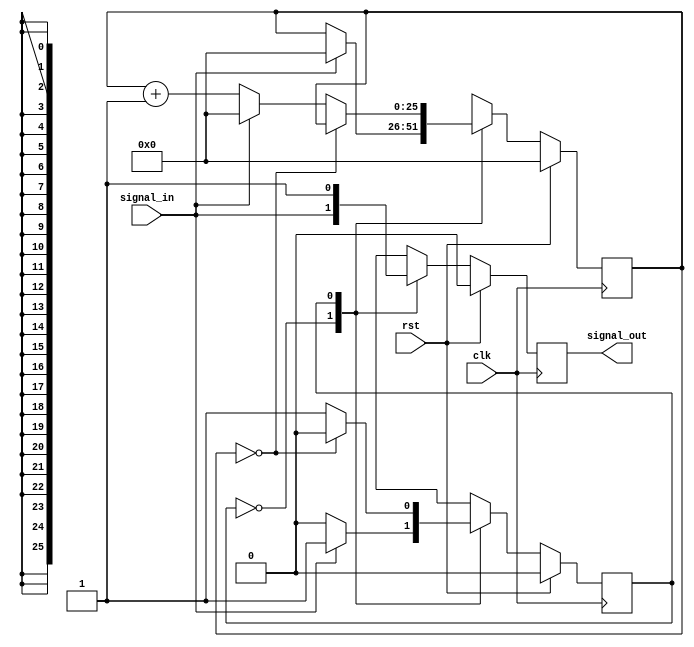
`timescale 1ns / 1ps
//////////////////////////////////////////////////////////////////////////////////
// Company: 
// Engineer: 
// 
// Design Name: 
// Module Name: holder
// Project Name: 
// Target Devices: 
// Tool Versions: 
// Description: 
// 
// Dependencies: 
// 
// Revision:
// Revision 0.01 - File Created
// Additional Comments:
// 
//////////////////////////////////////////////////////////////////////////////////


module holder
#(parameter HOLD_TIME = 1)
(
    input wire clk,
    input wire rst,
    input wire signal_in,
    output reg signal_out
    );
    
    localparam IDLE = 1'b0, HOLD = 1'b1;
    
    reg signal_out_nxt;
    reg [25:0] counter, counter_nxt;
    reg state, state_nxt;
    
    initial
    begin
        state <= IDLE;
    end
    
    always @(posedge clk)
    begin                             
        if(rst)                       
        begin
            signal_out <= 0;
            counter <= 0;
            state <= IDLE;
        end
        else
        begin
            signal_out <= signal_out_nxt;
            counter <= counter_nxt;
            state <= state_nxt;
        end                           
    end
    
    always @*
    begin
        counter_nxt = counter;
        case(state) 
            IDLE:
            begin
                signal_out_nxt = signal_in;
                if(signal_in)
                begin
                    counter_nxt = 0;
                    state_nxt = HOLD;
                end
                else
                begin
                    state_nxt = IDLE;
                end
            end
            HOLD:
            begin
                signal_out_nxt = 1;
                if(counter == HOLD_TIME - 1)
                begin
                    state_nxt = IDLE;
                end
                else
                begin
                    if(signal_in)
                        counter_nxt = 0;
                    else
                        counter_nxt = counter + 1;
                    state_nxt = HOLD;
                end
            end
        endcase
    end
    
endmodule